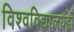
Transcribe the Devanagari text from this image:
विश्वविद्यालयही